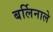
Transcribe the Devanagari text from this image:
बर्लिनाले